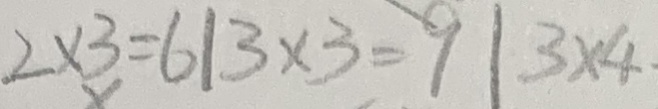
2 \times 3 = 6 \vert 3 \times 3 = 9 \vert 3 \times 4